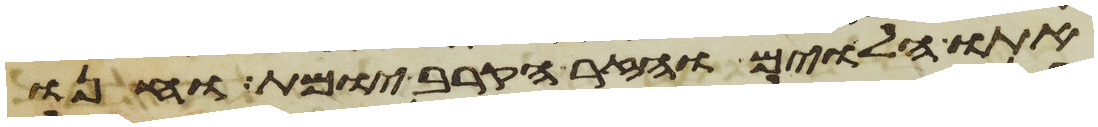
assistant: אתו הלוים והזר הקרב יומת וחנו